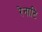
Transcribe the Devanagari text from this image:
रेनाटि